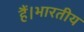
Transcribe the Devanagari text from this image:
हैं।भारतीय